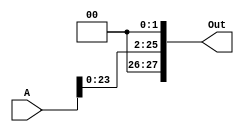
`timescale 1ns / 1ps
//////////////////////////////////////////////////////////////////////////////////
// Company: 
// Engineer: 
// 
// Design Name: 
// Module Name: shifter2
// Project Name: 
// Target Devices: 
// Tool Versions: 
// Description: 
// 
// Dependencies: 
// 
// Revision:
// Revision 0.01 - File Created
// Additional Comments:
// 
//////////////////////////////////////////////////////////////////////////////////


module shifter2(
    input [25:0] A,
    output reg [27:0] Out
    );

always@(*)
begin
Out = {2'b00,(A<<2)};
end
endmodule